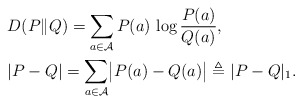
\begin{align*}& D(P \| Q) = \sum_{a \in \mathcal{A}} P(a) \, \log \frac{P(a)}{Q(a)}, \\& |P-Q| = \sum_{a \in \mathcal{A}} \bigl|P(a) - Q(a)\bigr| \triangleq |P-Q|_1.\end{align*}